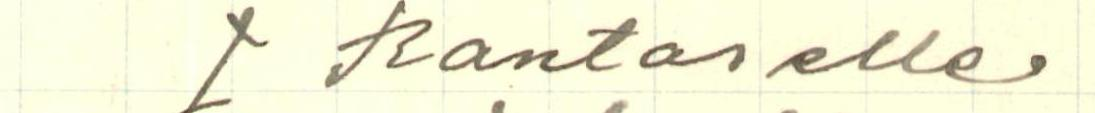
J. Rantaselle